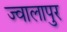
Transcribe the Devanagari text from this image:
ज्‍वालापुर